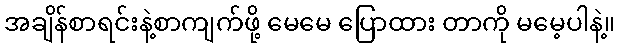
အချိန်စာရင်းနဲ့စာကျက်ဖို့ မေမေ ပြောထား တာကို မမေ့ပါနဲ့။